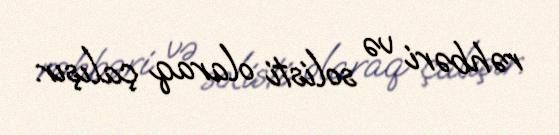
rəhbəri və solisti olaraq çalışır.